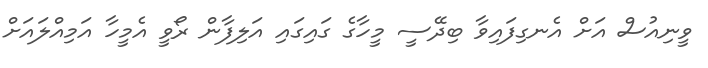
ވީނިއުސް އަށް އެނގިފައިވާ ބިދޭސީ މީހާގެ ގައިގައި އަލިފާން ރޯވީ އެމީހާ އަމިއްލައަށް